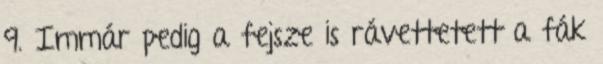
9. Immár pedig a fejsze is rávettetett a fák